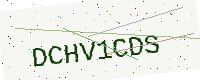
Text: DCHV1CDS